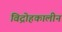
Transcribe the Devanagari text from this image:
विद्रोहकालीन